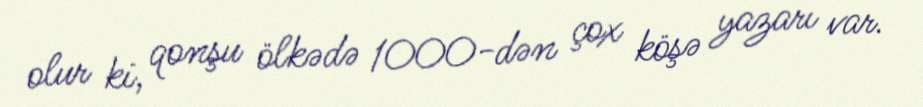
olur ki, qonşu ölkədə 1000-dən çox köşə yazarı var.